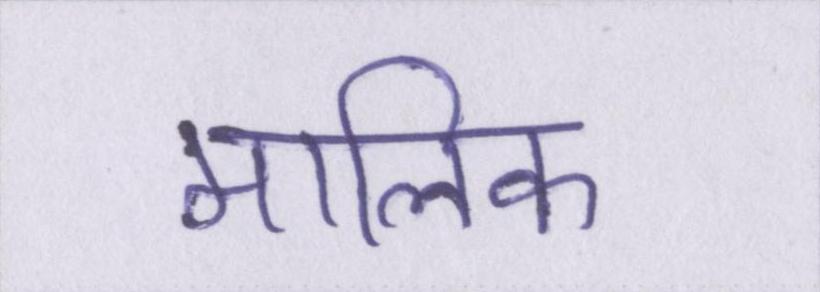
मालिक